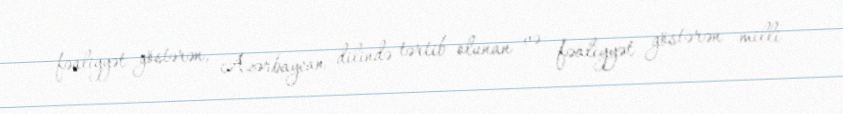
fəaliyyət göstərən, Azərbaycan dilində tərtib olunan və fəaliyyət göstərən milli